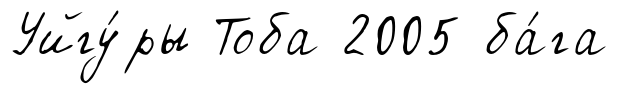
Уйгу́ры Тоба 2005 ба́га